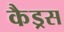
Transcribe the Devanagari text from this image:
कैड्रस